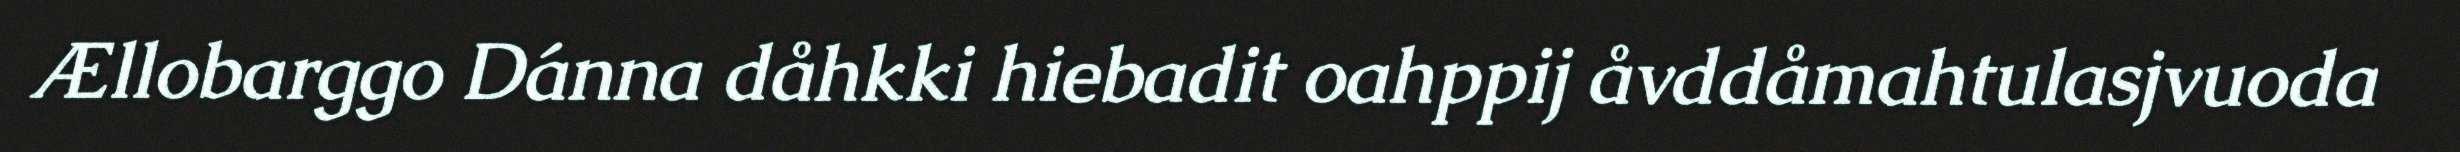
Ællobarggo Dánna dåhkki hiebadit oahppij åvddåmahtulasjvuoda